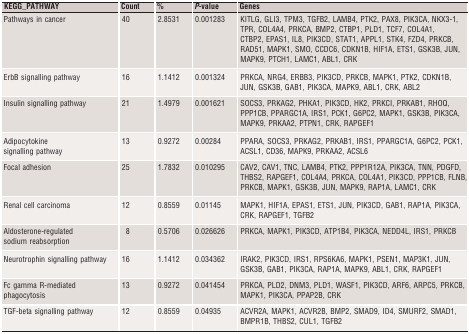
<table><thead><tr><td><b>KEGG_PATHWAY</b></td><td><b>Count</b></td><td><b>%</b></td><td><b><i>P</i>‐value</b></td><td><b>Genes</b></td></tr></thead><tbody><tr><td>Pathways in cancer</td><td>40</td><td>2.8531</td><td>0.001283</td><td>KITLG, GLI3, TPM3, TGFB2, LAMB4, PTK2, PAX8, PIK3CA, NKX3‐1, TPR, COL4A4, PRKCA, BMP2, CTBP1, PLD1, TCF7, COL4A1, CTBP2, EPAS1, IL8, PIK3CD, STAT1, APPL1, STK4, FZD4, PRKCB, RAD51, MAPK1, SMO, CCDC6, CDKN1B, HIF1A, ETS1, GSK3B, JUN, MAPK9, PTCH1, LAMC1, ABL1, CRK</td></tr><tr><td>ErbB signalling pathway</td><td>16</td><td>1.1412</td><td>0.001324</td><td>PRKCA, NRG4, ERBB3, PIK3CD, PRKCB, MAPK1, PTK2, CDKN1B, JUN, GSK3B, GAB1, PIK3CA, MAPK9, ABL1, CRK, ABL2</td></tr><tr><td>Insulin signalling pathway</td><td>21</td><td>1.4979</td><td>0.001621</td><td>SOCS3, PRKAG2, PHKA1, PIK3CD, HK2, PRKCI, PRKAB1, RHOQ, PPP1CB, PPARGC1A, IRS1, PCK1, G6PC2, MAPK1, GSK3B, PIK3CA, MAPK9, PRKAA2, PTPN1, CRK, RAPGEF1</td></tr><tr><td>Adipocytokine signalling pathway</td><td>13</td><td>0.9272</td><td>0.00284</td><td>PPARA, SOCS3, PRKAG2, PRKAB1, IRS1, PPARGC1A, G6PC2, PCK1, ACSL1, CD36, MAPK9, PRKAA2, ACSL6</td></tr><tr><td>Focal adhesion</td><td>25</td><td>1.7832</td><td>0.010295</td><td>CAV2, CAV1, TNC, LAMB4, PTK2, PPP1R12A, PIK3CA, TNN, PDGFD, THBS2, RAPGEF1, COL4A4, PRKCA, COL4A1, PIK3CD, PPP1CB, FLNB, PRKCB, MAPK1, GSK3B, JUN, MAPK9, RAP1A, LAMC1, CRK</td></tr><tr><td>Renal cell carcinoma</td><td>12</td><td>0.8559</td><td>0.01145</td><td>MAPK1, HIF1A, EPAS1, ETS1, JUN, PIK3CD, GAB1, RAP1A, PIK3CA, CRK, RAPGEF1, TGFB2</td></tr><tr><td>Aldosterone‐regulated sodium reabsorption</td><td>8</td><td>0.5706</td><td>0.026626</td><td>PRKCA, MAPK1, PIK3CD, ATP1B4, PIK3CA, NEDD4L, IRS1, PRKCB</td></tr><tr><td>Neurotrophin signalling pathway</td><td>16</td><td>1.1412</td><td>0.034362</td><td>IRAK2, PIK3CD, IRS1, RPS6KA6, MAPK1, PSEN1, MAP3K1, JUN, GSK3B, GAB1, PIK3CA, RAP1A, MAPK9, ABL1, CRK, RAPGEF1</td></tr><tr><td>Fc gamma R‐mediated phagocytosis</td><td>13</td><td>0.9272</td><td>0.041454</td><td>PRKCA, PLD2, DNM3, PLD1, WASF1, PIK3CD, ARF6, ARPC5, PRKCB, MAPK1, PIK3CA, PPAP2B, CRK</td></tr><tr><td>TGF‐beta signalling pathway</td><td>12</td><td>0.8559</td><td>0.04935</td><td>ACVR2A, MAPK1, ACVR2B, BMP2, SMAD9, ID4, SMURF2, SMAD1, BMPR1B, THBS2, CUL1, TGFB2</td></tr></tbody></table>